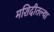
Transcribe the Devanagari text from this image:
मशिदीतल्या